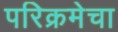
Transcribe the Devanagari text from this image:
परिक्रमेचा